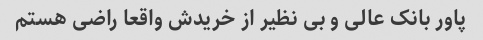
پاور بانک عالی و بی نظیر از خریدش واقعا راضی هستم